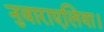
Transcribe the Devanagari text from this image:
नुवाराएलिया।